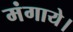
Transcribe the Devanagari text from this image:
मंगाये।